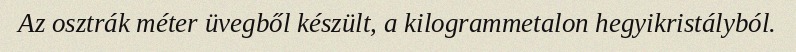
Az osztrák méter üvegből készült, a kilogrammetalon hegyikristályból.